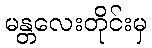
မန္တလေးတိုင်းမှ